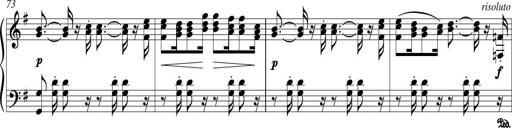
Title: Piano Sonatina in G major
Composer: Johan Peter Emilius Hartmann
Key: G major